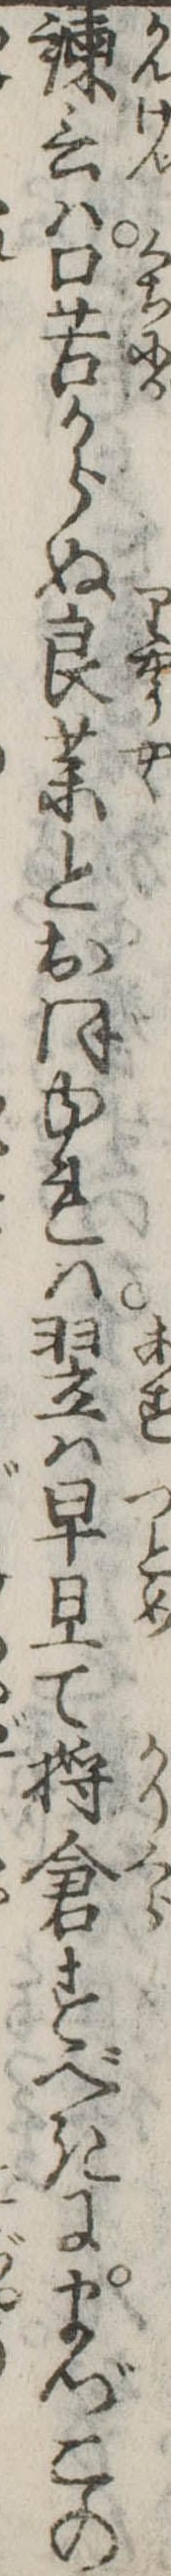
諌言は口苦からぬ良薬とおぼゆれは翌は早旦て倉すべきにまづこの